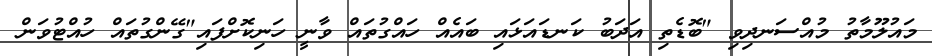
މައުލޫމާތު މުއްސަނދިވި "ބޮޑެތި އަދަބު ކަނޑައަޅައި ބައެއް ހައްގުތައް ވާނީ ހަނިކޮށްފައި"ގޭންގުތައް ހުއްޓުވަން